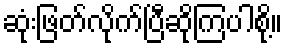
ဆုံးဖြတ်လိုက်ပြီဆိုကြပါစို့။